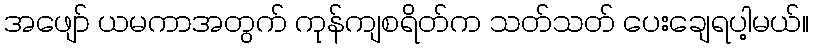
အဖျော် ယမကာအတွက် ကုန်ကျစရိတ်က သတ်သတ် ပေးချေရပါ့မယ်။